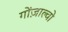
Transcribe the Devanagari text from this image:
गोंज़ाल्वो